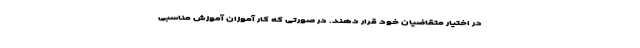
در اختیار متقاضیان خود قرار دهند. در صورتی که کار آموزان آموزش مناسبی